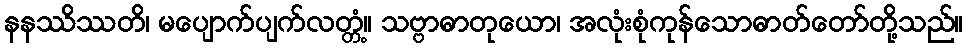
နနဿိဿတိ၊ မပျောက်ပျက်လတ္တံ့။ သဗ္ဗာဓာတုယော၊ အလုံးစုံကုန်သောဓာတ်တော်တို့သည်။